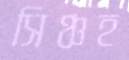
সিঞ্চহ